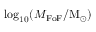
\log _ { 1 0 } ( M _ { \mathrm { F o F } } / \mathrm { M } _ { \odot } )